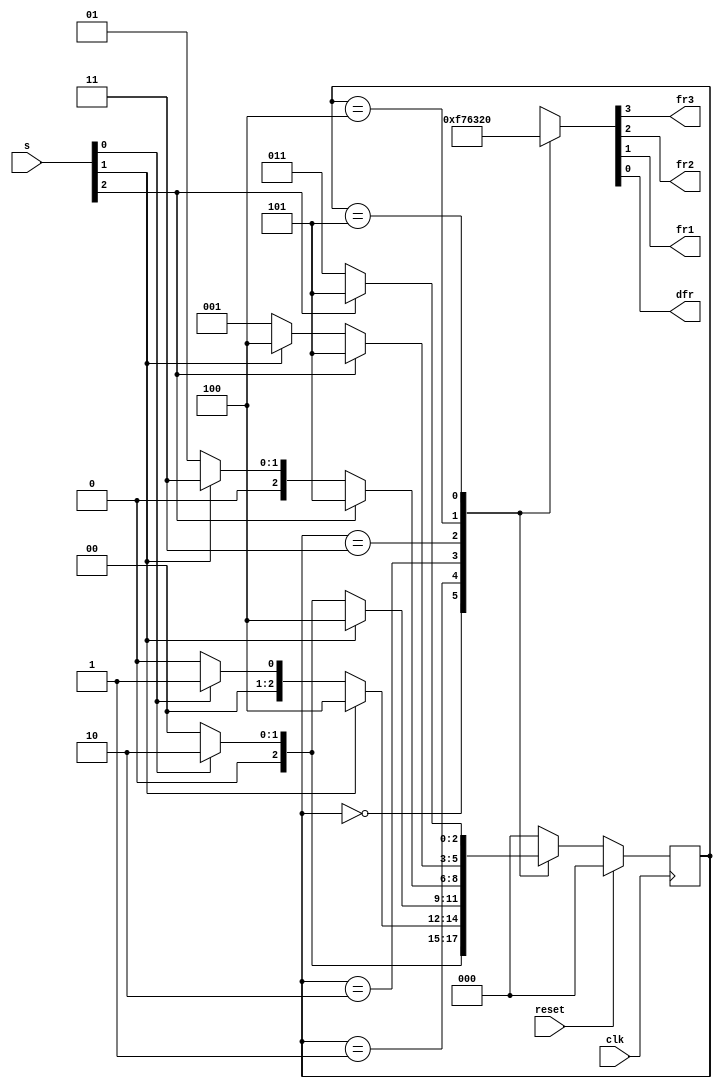
module top_module (
    input                   clk     ,
    input                   reset   ,
    input       [3 : 1]     s       ,
    output                  fr3     ,
    output                  fr2     ,
    output                  fr1     ,
    output                  dfr
);

    parameter   A   = 0,
                B0  = 1,
                B1  = 2,
                C0  = 3,
                C1  = 4,
                D   = 5;

    reg         [2 : 0]     curr_state, next_state;

    always @ (posedge clk) begin
        if (reset)  curr_state <= A;
        else        curr_state <= next_state;
    end

    always @ (*) begin
        case (curr_state)
            A       : next_state = s[1] ? B1 : A;
            B0      : next_state = s[2] ? C1 : s[1] ? B0 : A;
            B1      : next_state = s[2] ? C1 : s[1] ? B1 : A;
            C0      : next_state = s[3] ? D  : s[2] ? C0 : B0;
            C1      : next_state = s[3] ? D  : s[2] ? C1 : B0;
            D       : next_state = s[3] ? D  : C0;
            default : next_state = A;
        endcase
    end

    always @ (*) begin
        case (curr_state)
            A       : {fr3, fr2, fr1, dfr} = 4'b1111;
            B0      : {fr3, fr2, fr1, dfr} = 4'b0111;
            B1      : {fr3, fr2, fr1, dfr} = 4'b0110;
            C0      : {fr3, fr2, fr1, dfr} = 4'b0011;
            C1      : {fr3, fr2, fr1, dfr} = 4'b0010;
            D       : {fr3, fr2, fr1, dfr} = 4'b0000;
            default : {fr3, fr2, fr1, dfr} = 4'bxxxx;
        endcase
    end

endmodule